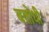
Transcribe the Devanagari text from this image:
बलोधी